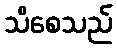
သိစေသည်